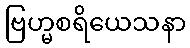
ဗြဟ္မစရိယေသနာ